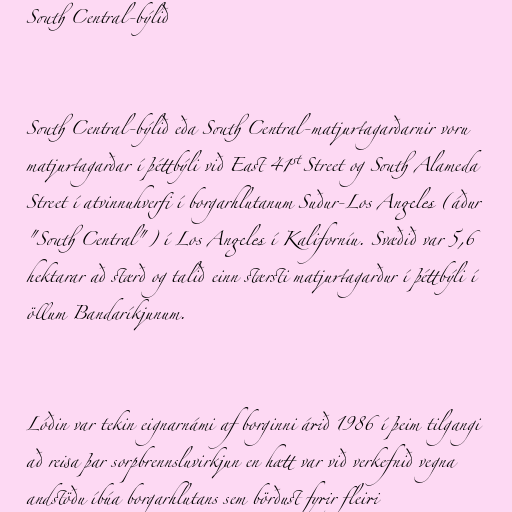
South Central-býlið

South Central-býlið eða South Central-matjurtagarðarnir voru
matjurtagarðar í þéttbýli við East 41st Street og South Alameda
Street í atvinnuhverfi í borgarhlutanum Suður-Los Angeles (áður
"South Central") í Los Angeles í Kaliforníu. Svæðið var 5,6
hektarar að stærð og talið einn stærsti matjurtagarður í þéttbýli í
öllum Bandaríkjunum.

Lóðin var tekin eignarnámi af borginni árið 1986 í þeim tilgangi
að reisa þar sorpbrennsluvirkjun en hætt var við verkefnið vegna
andstöðu íbúa borgarhlutans sem börðust fyrir fleiri